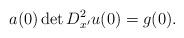
LaTeX: \begin{align*}a(0) \det D_{x'}^2u(0)=g(0).\end{align*}